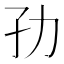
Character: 𭒹